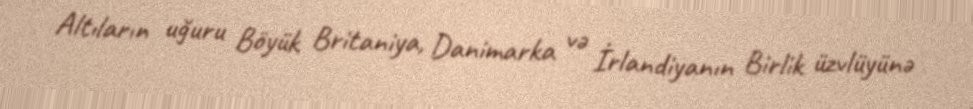
Altıların uğuru Böyük Britaniya, Danimarka və İrlandiyanın Birlik üzvlüyünə